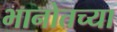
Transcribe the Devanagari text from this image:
भानोतच्या